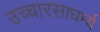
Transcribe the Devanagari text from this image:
उच्चारसाधर्म्य